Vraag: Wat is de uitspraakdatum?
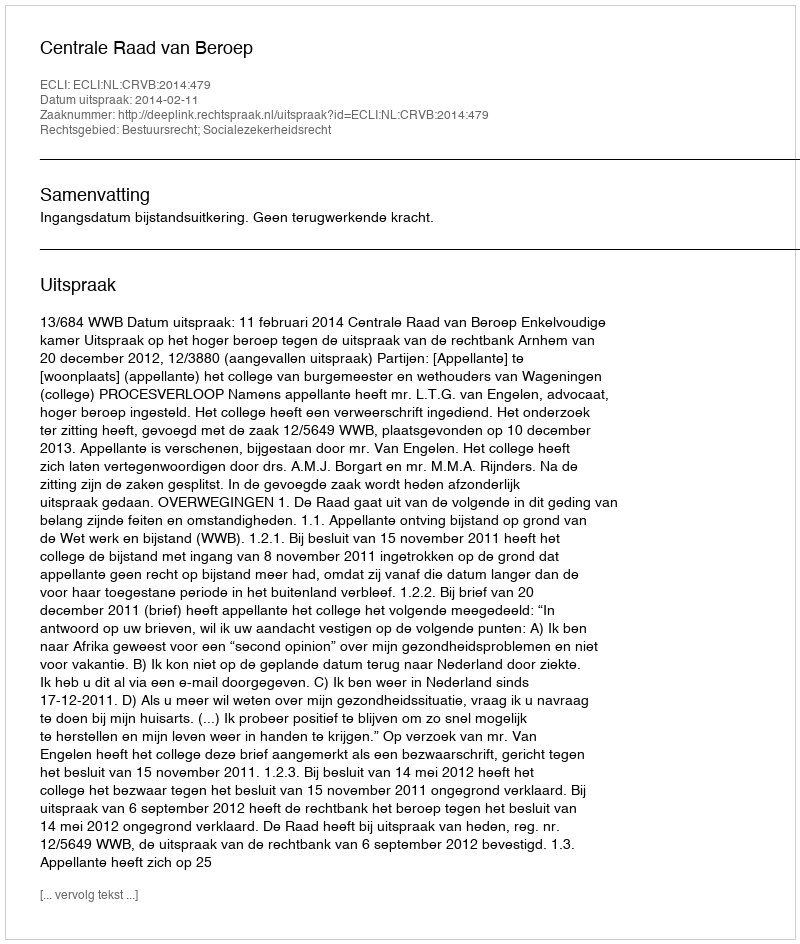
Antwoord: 2014-02-11